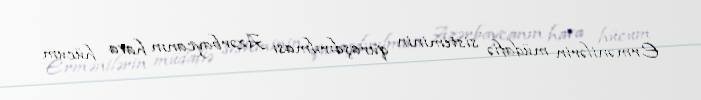
Ermənilərin müdafiə sisteminin quraşdırılması Azərbaycanın hava hücum